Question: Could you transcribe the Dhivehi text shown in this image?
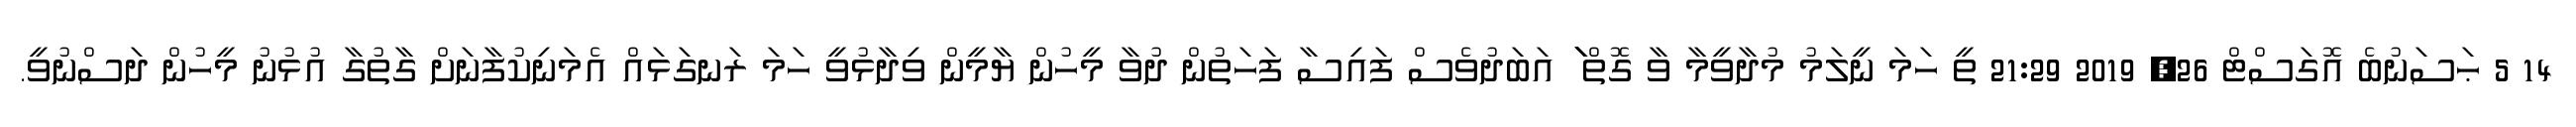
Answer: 14 5 ޙަސަނުބެ އޮގަސްޓް 26, 2019 21:29 ތީ ހަމަ ނީލަމު މުދާވީމާ ވާ ގޮތް ަަަަަަަަަަަަަަަަަަަ އަބަދުވެސް ފައިސާ ފަހަތުން ދުވާ މީހުން ޔާމީން ވިދާޅުވީ ހަމަ ރަނގަޅައް އެމަނިކުފާނަށް ގާތުގާ އުޅުނު މީހުން ދަސްނުވީ.